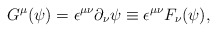
\begin{align*}G^{\mu}(\psi)={\epsilon}^{{\mu}{\nu}}{\partial}_{\nu}{\psi}\equiv {\epsilon}^{{\mu}{\nu}}F_{\nu}(\psi),\end{align*}